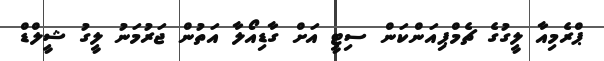
ޕްރެމިއާ ލީގުގެ ޗެމްޕިއަންކަން ސިޓީ އަށް ގާޑިއޯލާ އަތުން ޖަރުމަނު ލީގު ޝީލްޑް